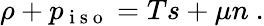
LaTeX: \rho+p_{\mathrm{~i~s~o~}}=Ts+\mu n~.